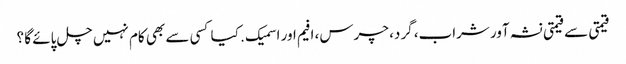
قیمتی سے قیمتی نشہ آور شراب، گرد، چرس، افیم اور اسمیک . کیا کسی سے بھی کام نہیں چل پائے گا ؟